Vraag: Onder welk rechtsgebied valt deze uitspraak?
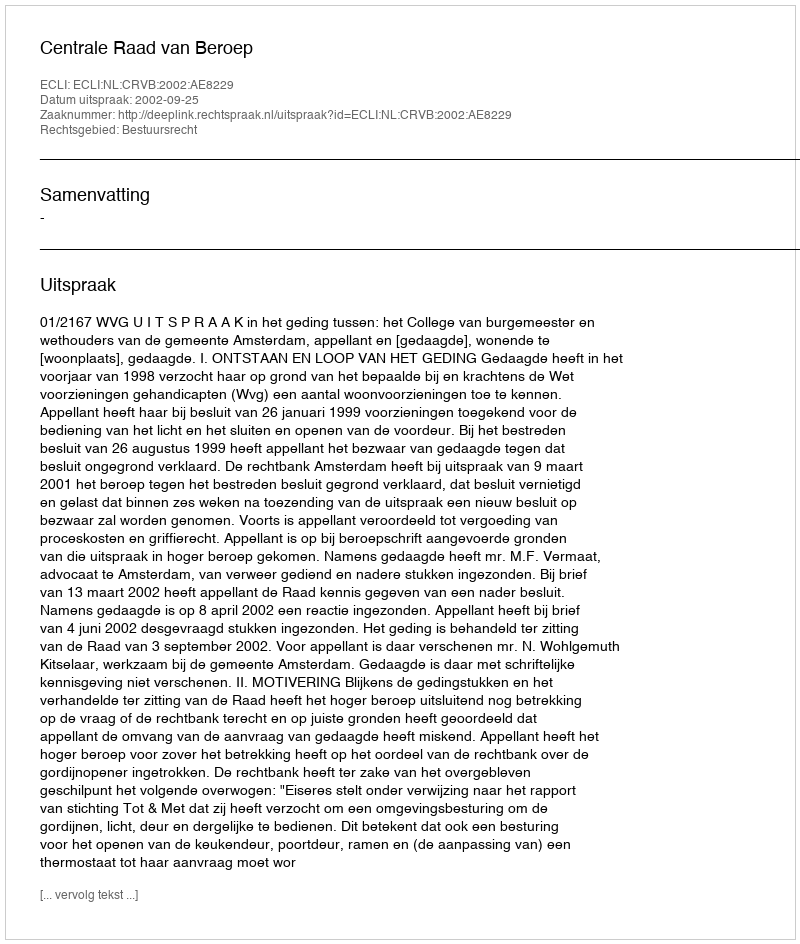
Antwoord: Bestuursrecht